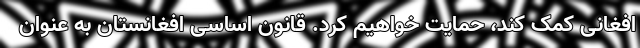
افغانی کمک کند، حمایت خواهیم کرد. قانون اساسی افغانستان به عنوان